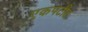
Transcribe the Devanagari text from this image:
एकपटीत